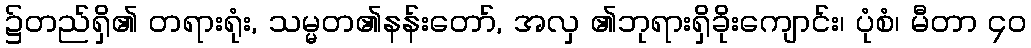
၌တည်ရှိ၏ တရားရုံး, သမ္မတ၏နန်းတော်, အလှ ၏ဘုရားရှိခိုးကျောင်း၊ ပုံစံ၊ မီတာ ၄၀